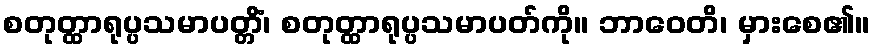
စတုတ္ထာရုပ္ပသမာပတ္တိံ၊ စတုတ္ထာရုပ္ပသမာပတ်ကို။ ဘာဝေတိ၊ မှားစေ၏။